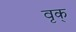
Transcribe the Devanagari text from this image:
वृक्